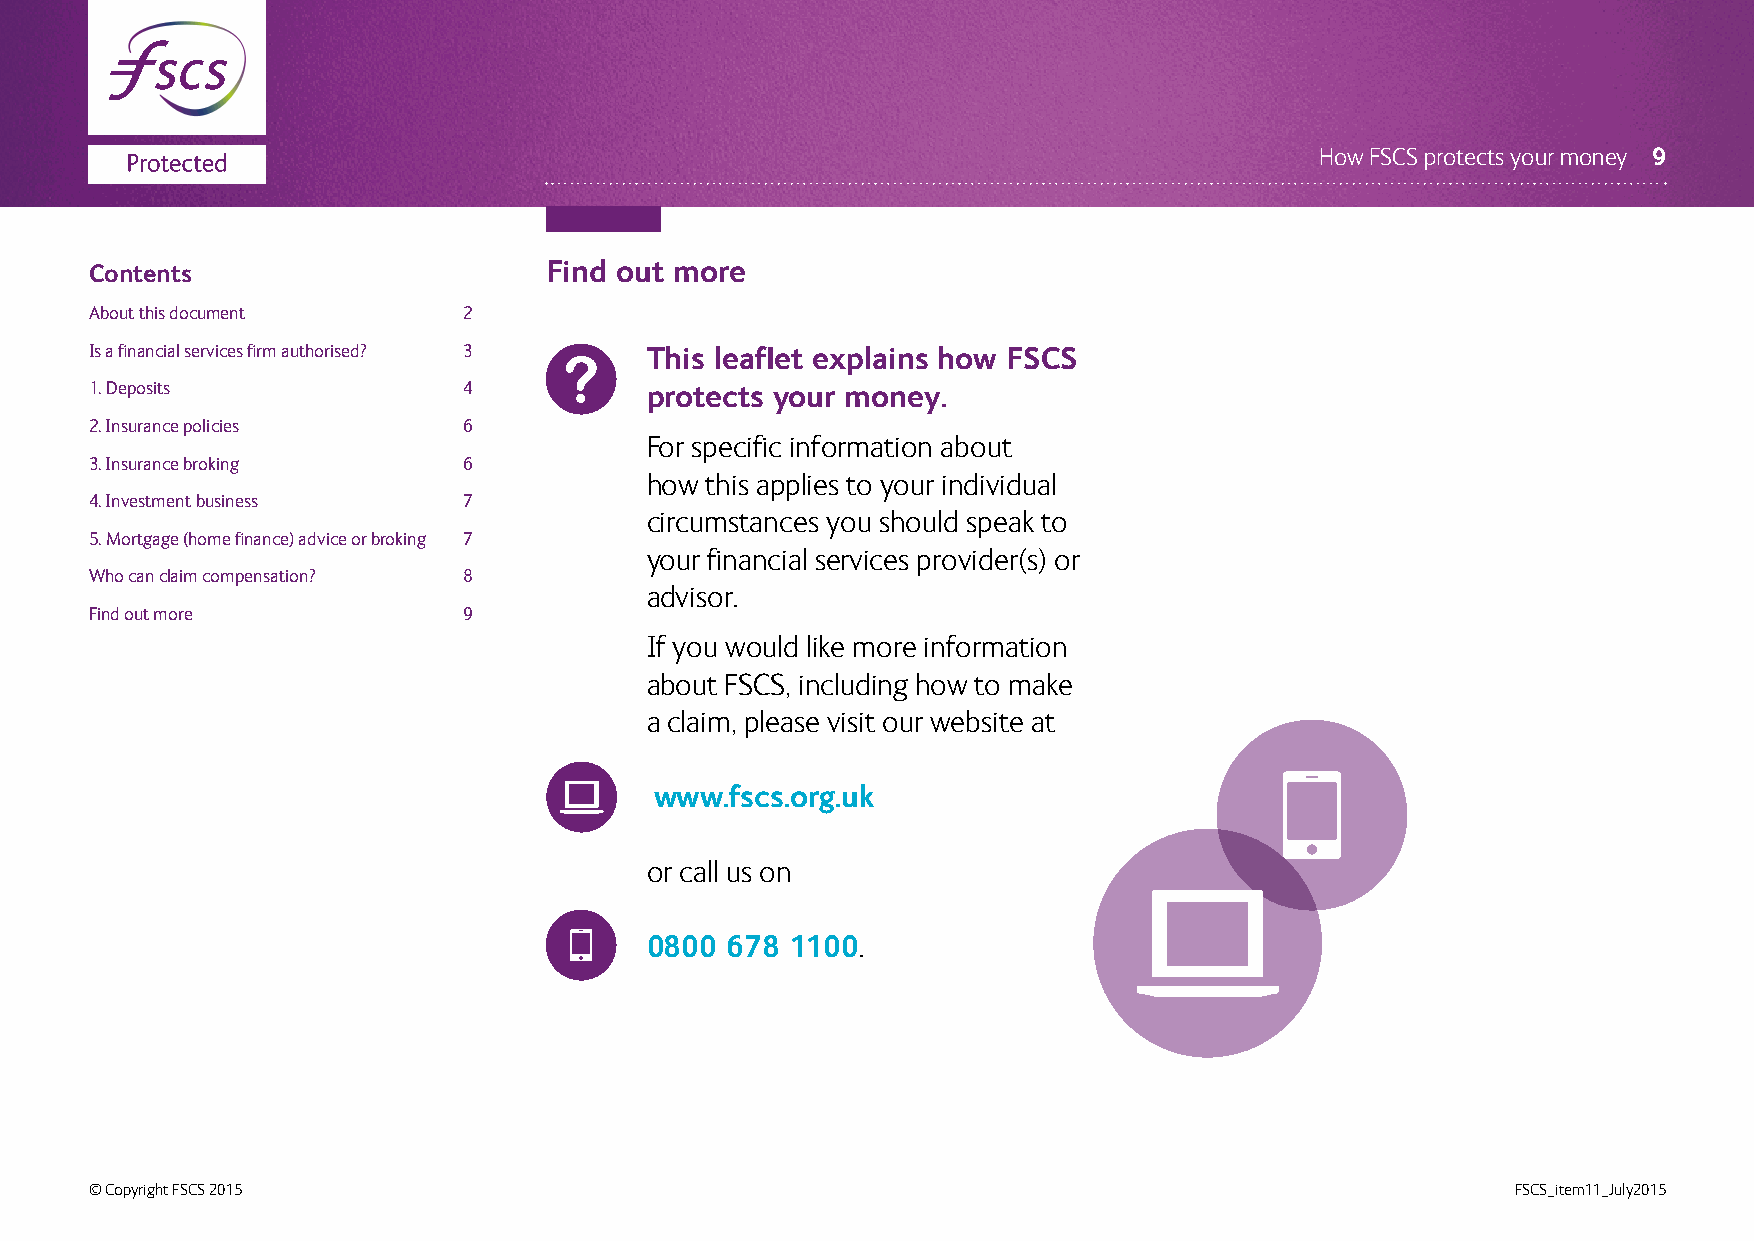
How FSCS protects your money 9
 Contents                      Find out more
 About this document      2
 Is a financial services firm authorised? 3 This leaflet explains how FSCS
 1. Deposits              4           protects your money.
 2. Insurance policies    6
 For specific information about
 3. Insurance broking     6
 how this applies to your individual
 4. Investment business   7
 circumstances you should speak to
 5. Mortgage (home finance) advice or broking 7
 your financial services provider(s) or
 Who can claim compensation? 8
 advisor.
 Find out more            9
 If you would like more information
 about FSCS, including how to make
 a claim, please visit our website at
 www.fscs.org.uk
 or call us on
 0800 678 1100.
 © Copyright FSCS 2015                                                                         FSCS_item11_July2015